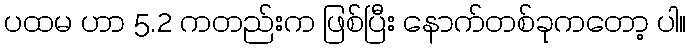
ပထမ ဟာ 5.2 ကတည်းက ဖြစ်ပြီး နောက်တစ်ခုကတော့ ပါ။